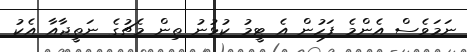
ނަމަވެސް އެންމެ ފަހުން އެ ޓީމު ކުޅުނު ތިން މެޗުގެ ނަތީޖާއާ އެކު